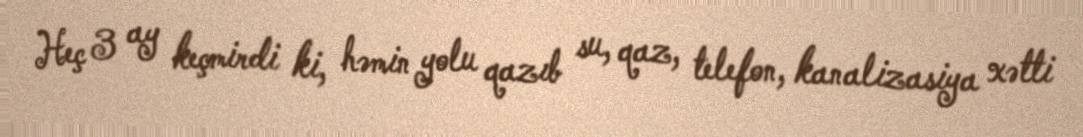
Heç 3 ay keçmirdi ki, həmin yolu qazıb su, qaz, telefon, kanalizasiya xətti